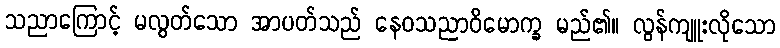
သညာကြောင့် မလွတ်သော အာပတ်သည် နေဝသညာဝိမောက္ခ မည်၏။ လွန်ကျူးလိုသော